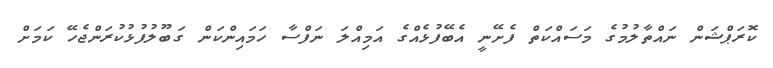
ކޮރަޕްޝަން ނައްތާލުމުގެ މަސައްކަތް ފެށޭނީ އެބޭފުޅެއްގެ އަމިއްލަ ނަފްސާ ހަމައިންކަން ގަބޫލުފުޅުކުރަންޖެހޭ ކަމަށް